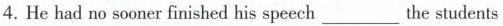
4.He had no sooner finshed his spech___the students .